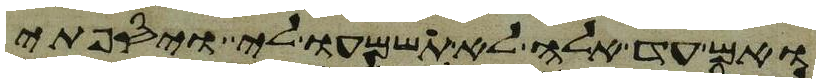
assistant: ואם עד אלה לא תשמעו לי ויספתי